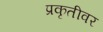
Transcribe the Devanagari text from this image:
प्रकृतीवर